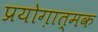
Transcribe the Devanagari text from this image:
प्रयोग़ात्मक